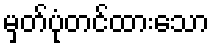
မှတ်ပုံတင်ထားသော